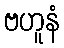
ဗဟူနံ